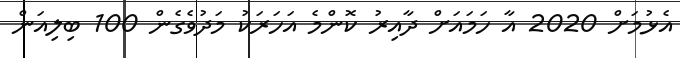
އެޅުމަށް 2020 އާ ހަމައަށް ދާއިރު ކޮންމެ އަހަރަކު މަދުވެގެން 100 ބިލިއަން